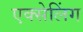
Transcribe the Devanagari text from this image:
एक्सेलिंग